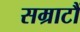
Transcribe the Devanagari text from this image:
सम्राटौं